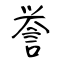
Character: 誉